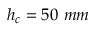
h _ { c } = 5 0 ~ m m